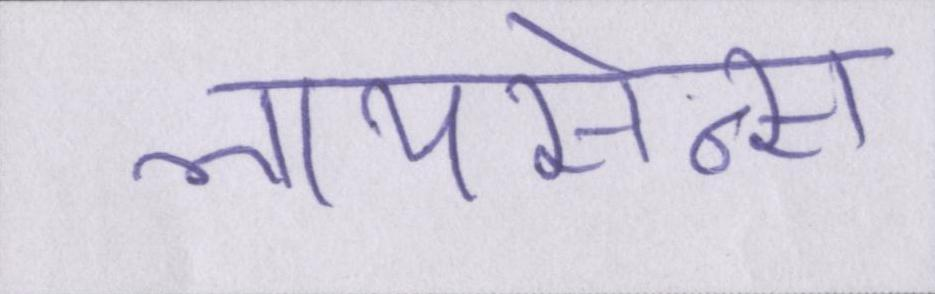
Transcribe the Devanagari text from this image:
लायसेन्स